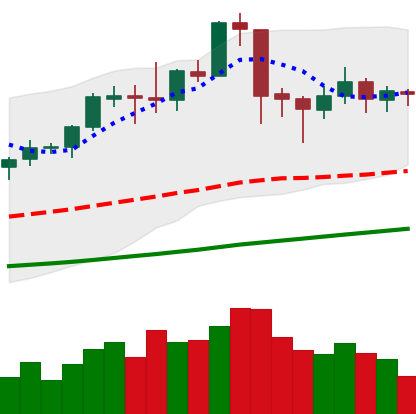
Ticker: ETC-USD
Chart end date: 2019-06-11
Forward return: 5.251%
Label: up_5_7